Lunatic asylums Punjab 1911-1921 - 1911-1921
Year: 1911
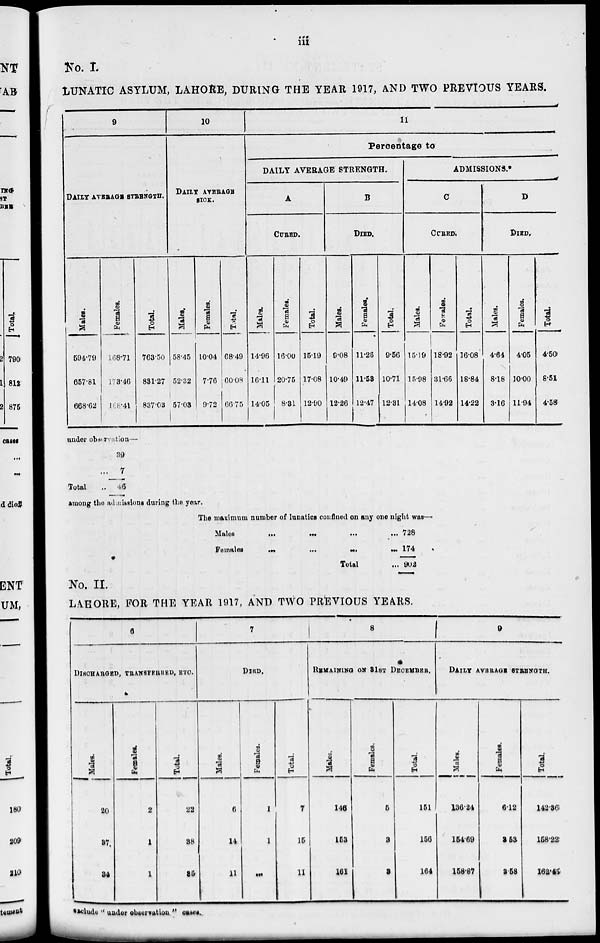
iii
No. I.
LUNATIC ASYLUM, LAHORE, DURING THE YEAR 1917, AND TWO PREVIOUS YEARS.
9
DAILY AVERAGE STRENGTH.
Males.
594.79
657.81
668.62
Females.
168.71
173.46
168.41
under observation—
Total
39
... 7
.. 46
Total.
763.50
831.27
837.03
10
DAILY AVERAGE
SICK.
Males.
58.45
52.32
57.03
Females.
10.04
7.76
9.72
Total.
68.49
60.08
66.75
11
Percentage to
DAILY AVERAGE STRENGTH.
A
CURED.
Males.
14.96
16.11
14.05
Females.
16.00
20.75
8.31
Total.
15.19
17.08
12.90
B
DIED.
Males.
9.08
10.49
12.26
Females.
11.26
11.53
12.47
Total.
9.56
10.71
12.31
ADMISSIONS.
C
CURED.
Males.
15.19
15.98
14.08
Females.
18.92
31.66
14.92
Total.
16.08
18.84
14.22
D
DIED.
Males.
4.64
8.18
3.16
Females.
4.05
10.00
11.94
Total.
4.50
8.51
4.58
among the admissions during the year.
The maximum number of lunatics confined on any one night was—
Males ... ... ... ...
Females
...
...
...
...
Total ...
728
174
902
No. II.
LAHORE, FOR THE YEAR 1917, AND TWO PREVIOUS YEARS.
6
DISCHARGED, TRANSFERRED, ETC.
Males.
20
37
34
Females.
2
1
1
Total.
22
38
35
7
DIED.
Males.
6
14
11
Females.
1
1
...
Total.
7
15
11
8
REMAINING ON 31ST DECEMBER.
Males.
146
153
161
Females.
5
3
3
Total.
151
156
164
9
DAILY AVERAGE STRENGTH.
Males.
136.24
154.69
158.87
Females.
6.12
3.53
3.58
Total.
142.36
158.22
162.45
exclude "under observation" cases.